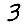
Digit: 3